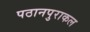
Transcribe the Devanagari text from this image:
पठानपुराकल